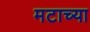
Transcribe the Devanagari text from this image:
मटाच्या